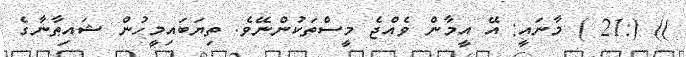
)) (:21 ) މާނައީ: އޭ އީމާން ވެއްޖެ މީސްތަކުންނޭވެ. ތިޔަބައިމީހުން ޝައިޠާނާގެ